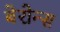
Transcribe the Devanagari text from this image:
बेरोन्स